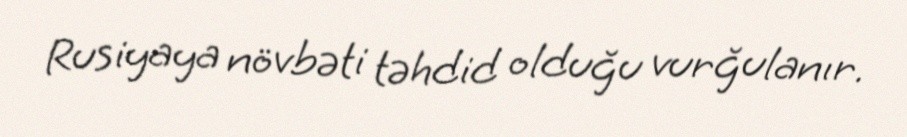
Rusiyaya növbəti təhdid olduğu vurğulanır.